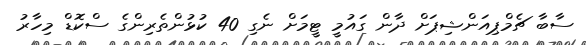
ސާބާ ޗެމްޕިއަންޝިޕަށް ދާން ގައުމީ ޓީމަށް ނެގި 40 ކުޅުންތެރިންގެ ސްކޮޑް މިހާރު